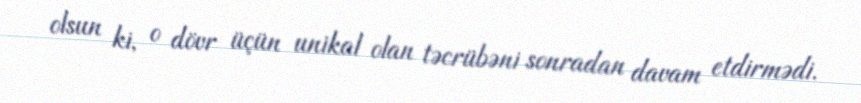
olsun ki, o dövr üçün unikal olan təcrübəni sonradan davam etdirmədi.